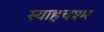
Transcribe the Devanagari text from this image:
स्याहचश्म